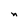
Character: n